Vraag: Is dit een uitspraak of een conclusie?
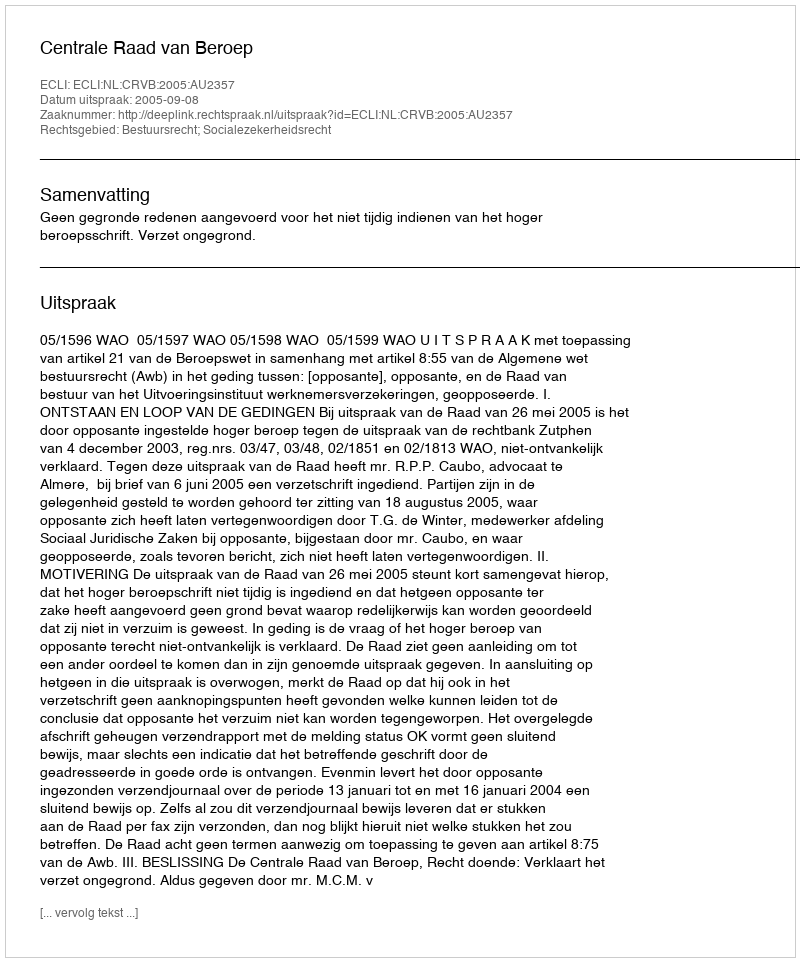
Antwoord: Uitspraak